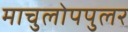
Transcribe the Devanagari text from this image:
माचुलोपपुलर